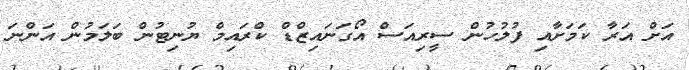
އަށް އަރާ ކަމަށާއި ފުލުުހުން ސީރިއަސް އޯގަނައިޒްޑް ކްރައިމް ޔުނިޓުން ބަލަމުން އަންނަ